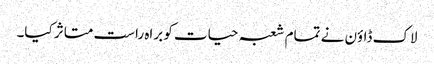
لاک ڈاؤن نے تمام شعبہ حیات کو براہ راست متاثر کیا۔